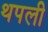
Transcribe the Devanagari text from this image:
थपली